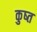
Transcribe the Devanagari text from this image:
कुष्त